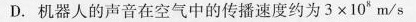
D.机器人的声音在空气中的传播速度约为$$3 \times 1 0 ^ { 8 } m / s$$